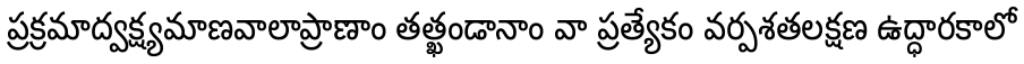
ప్రక్రమాద్వక్ష్యమాణవాలాప్రాణాం తత్ఖండానాం వా ప్రత్యేకం వర్పశతలక్షణ ఉద్ధారకాలో